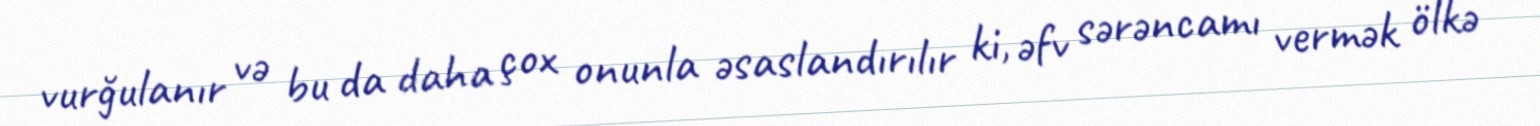
vurğulanır və bu da daha çox onunla əsaslandırılır ki, əfv sərəncamı vermək ölkə